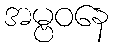
အမ္ဗဝနေ